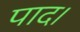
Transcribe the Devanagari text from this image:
पाद।